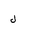
Letter: _lam